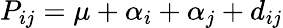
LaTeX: P_{ij}=\mu+\alpha_{i}+\alpha_{j}+d_{ij}